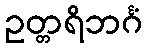
ဥတ္တရိဘင်္ဂံ